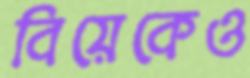
বিয়েকেও